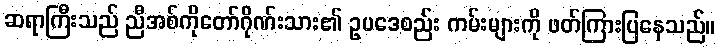
ဆရာကြီးသည် ညီအစ်ကိုတော်ဂိုဏ်းသား၏ ဥပဒေစည်း ကမ်းများကို ဖတ်ကြားပြနေသည်။